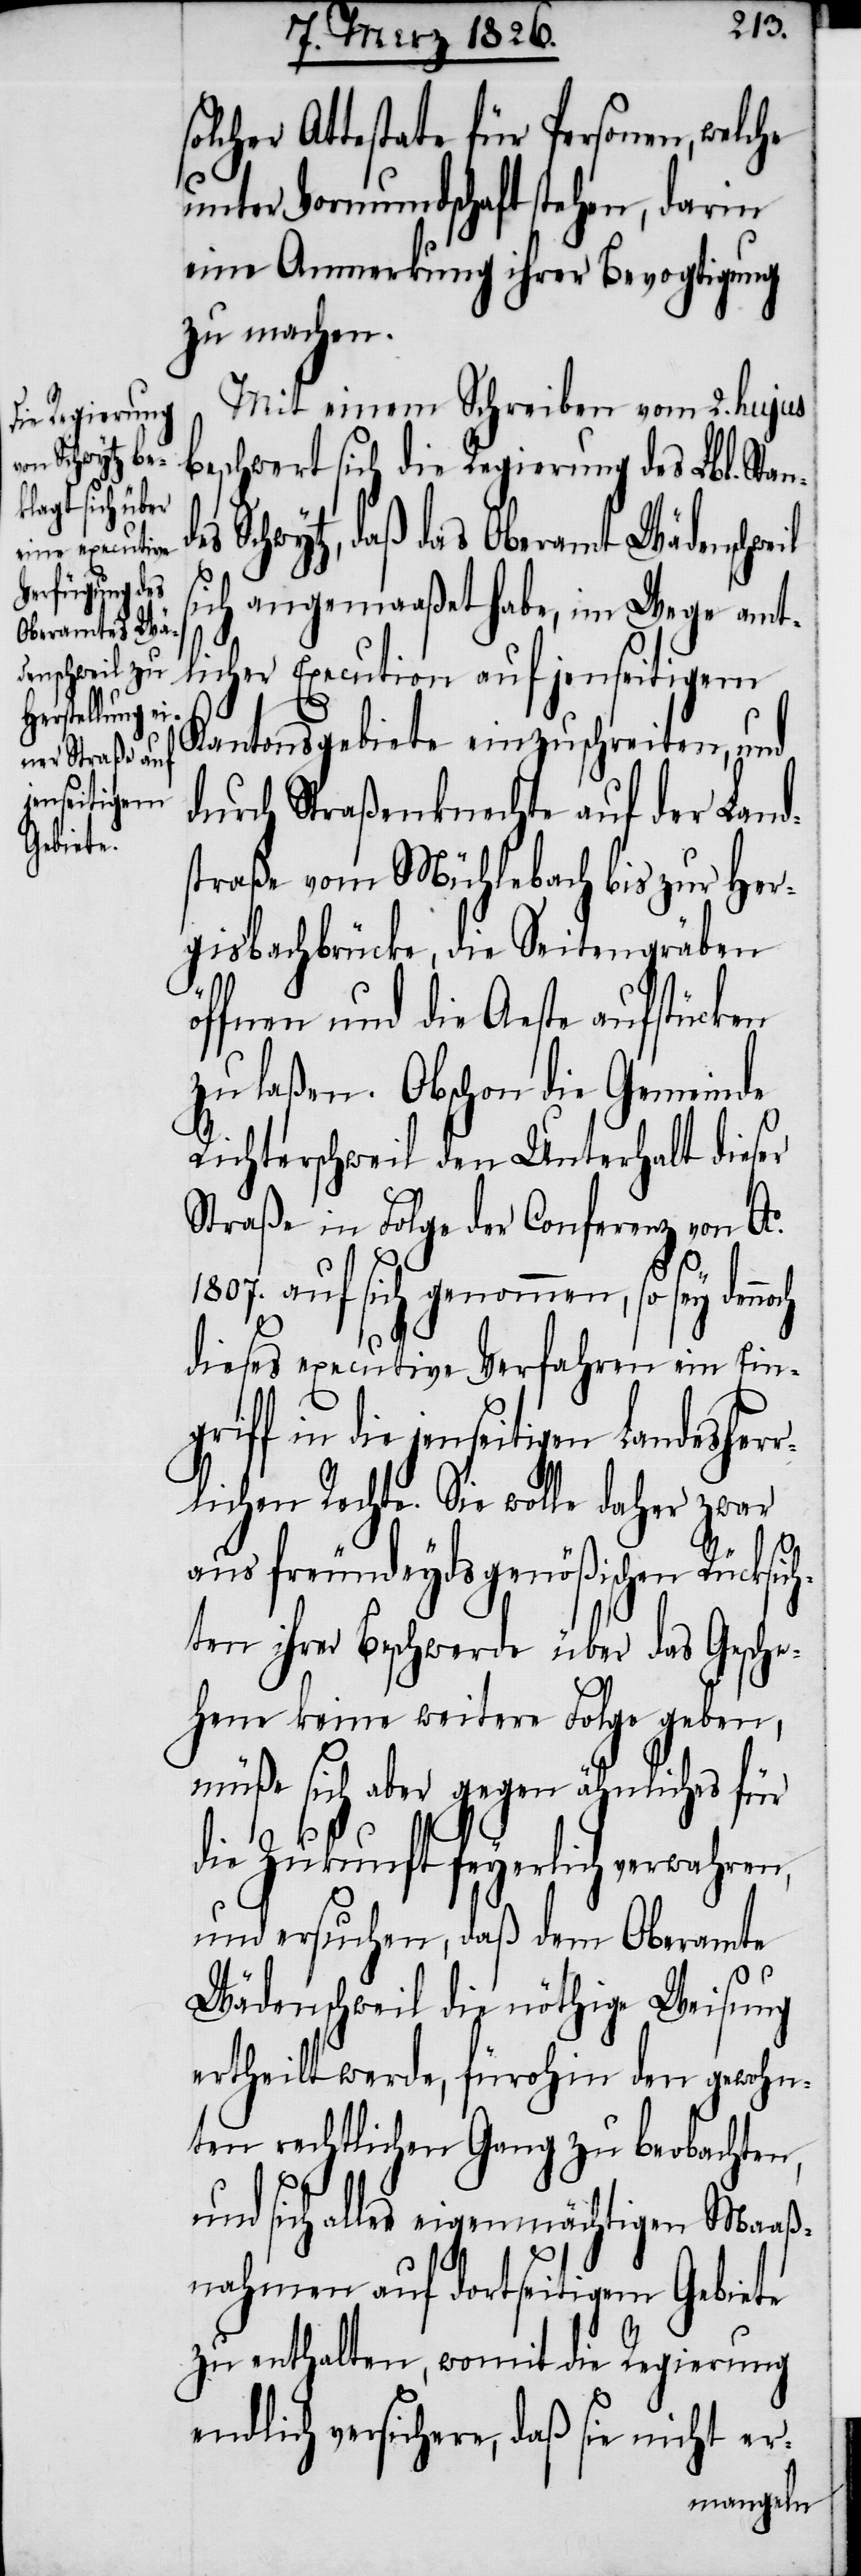
eigenm¬
Maaß¬

olcher Attestate für Personen, welche
unter Vormundschaft stehen, darin
eine Anmerkung ihrer Bevogtigung
zu machen.
Mit einem Schreiben vom 2. hujus
beschwert sich die Regierung des Lbl. Stan¬
s Schwytz, daß das Oberamt Wädenschweil
sich angemaaßet habe, im Wege amt¬
licher Execution auf jenseitigem
ch
Kantonsgebiete einzuschreiten, und
durch Straßenknechte auf der Land¬
straße vom Mühlebach bis zur Her¬
gisbachbrücke, die Seitengräben
öffnen und die Aeste aufstücken
zu laßen. Obschon die Gemeinde
Richterschweil den Unterhalt dieser
Straße in Folge der Conferenz von Ao.
1807. auf sich genommen, so sey denno¬
dieses executive Verfahren ein Eing¬
riff in die jenseitigen Landesher¬
rlichen Rechte. Sie wolle daher zwar
aus freundeydsgenößischen Rücksic¬
hten ihrer Beschwerde über das Gesche¬
hene keine weitere Folge geben,
müße sich aber gegen ähnliches für
die Zukunft feyerlich verwahren,
und ersuchen, daß dem Oberamte
Wädenschweil die nöthige Weisung
ertheilt werde, fürohin den gewohn¬
ten rechtlichen Gang zu beobachten,
nahmen auf dortseitigem Gebiete
zu enthalten, womit die Regierung
endlich versichere, daß sie